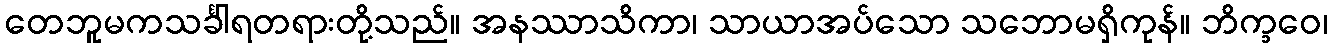
တေဘူမကသင်္ခါရတရားတို့သည်။ အနဿာသိကာ၊ သာယာအပ်သော သဘောမရှိကုန်။ ဘိက္ခဝေ၊